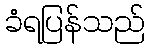
ခံရပြန်သည်